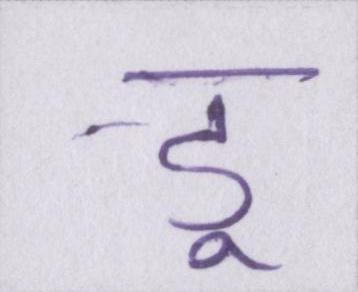
डू